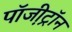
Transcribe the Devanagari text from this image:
पॉजी़ट्रॉन